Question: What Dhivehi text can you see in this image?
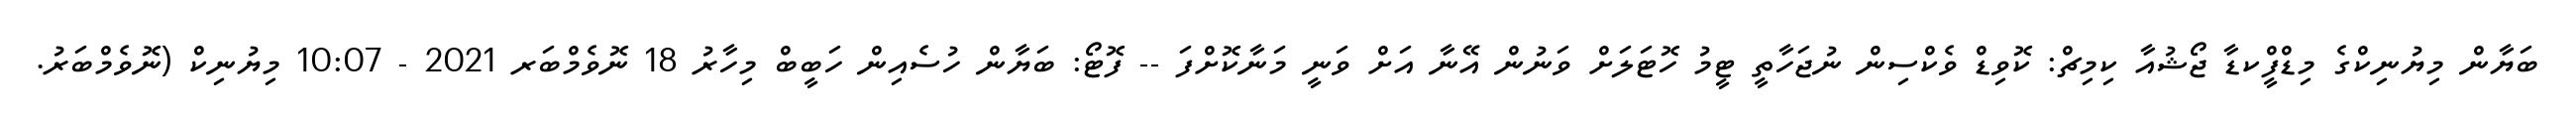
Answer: ބަޔާން މިޔުނިކްގެ މިޑްފީްކޑާ ޖޯޝުއާ ކިމިޗް: ކޮވިޑް ވެކްސިން ނުޖަހާތީ ޓީމު ހޮޓަލަށް ވަނުން އޭނާ އަށް ވަނީ މަނާކޮށްފަ -- ފޮޓޯ: ބަޔާން ހުސެއިން ހަބީބް މިހާރު 18 ނޮވެމްބަރ 2021 - 10:07 މިޔުނިކް (ނޮވެމްބަރު.